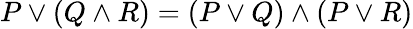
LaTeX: P\lor(Q\land R)=(P\lor Q)\land(P\lor R)